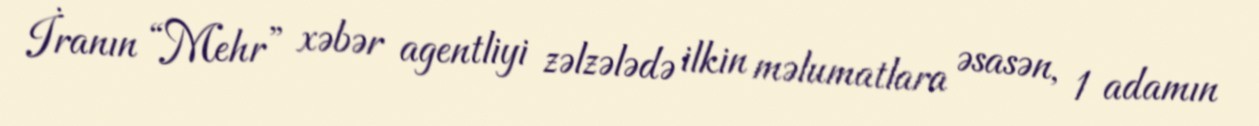
İranın “Mehr” xəbər agentliyi zəlzələdə ilkin məlumatlara əsasən, 1 adamın